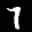
Label: 7